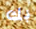
بك